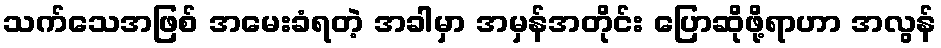
သက်သေအဖြစ် အမေးခံရတဲ့ အခါမှာ အမှန်အတိုင်း ပြောဆိုဖို့ရာဟာ အလွန်